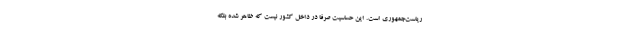
رياست‌جمهوري است. اين حساسيت صرفا در داخل كشور نيست كه ظاهر شده بلكه